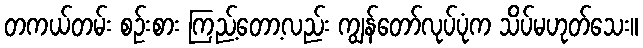
တကယ်တမ်း စဉ်းစား ကြည့်တော့လည်း ကျွန်တော်လုပ်ပုံက သိပ်မဟုတ်သေး။